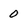
Character: 0